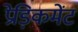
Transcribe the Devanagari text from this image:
प्रेड़िकमेंट